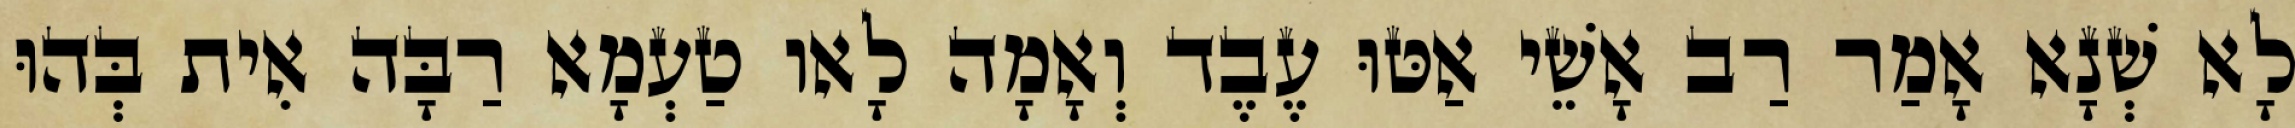
לָא שְׁנָא אָמַר רַב אָשֵׁי אַטּוּ עֶבֶד וְאָמָה לָאו טַעְמָא רַבָּה אִית בְּהוּ